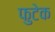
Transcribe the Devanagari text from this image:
फुटेक